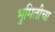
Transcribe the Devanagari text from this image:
भुमितीचा